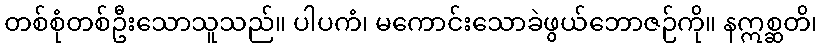
တစ်စုံတစ်ဦးသောသူသည်။ ပါပကံ၊ မကောင်းသောခဲဖွယ်ဘောဇဉ်ကို။ နဣစ္ဆတိ၊